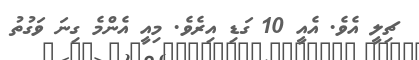
ޗިލީ އެވެ. އެއީ 10 ގަޑި އިރެވެ. މިއީ އެންމެ ގިނަ ވަގުތު